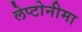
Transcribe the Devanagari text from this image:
लेप्टोनीमा